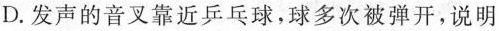
D.发声的音叉靠近乒乓球，球多次被弹开，说明